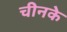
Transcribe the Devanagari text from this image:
चीनके